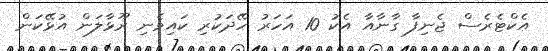
އެކްޓެރެސް ޖެނިފާ ގާނާއާ އެކު 10 އަހަރު ހޭދަކުރި ކައިވެނި ރޫޅާލަން އުޅޭކަން